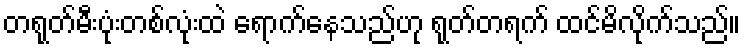
တရုတ်မီးပုံးတစ်လုံးထဲ ရောက်နေသည်ဟု ရုတ်တရက် ထင်မိလိုက်သည်။